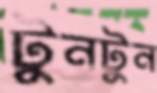
টুনটুন